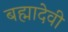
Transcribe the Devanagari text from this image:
बह्मादेवी